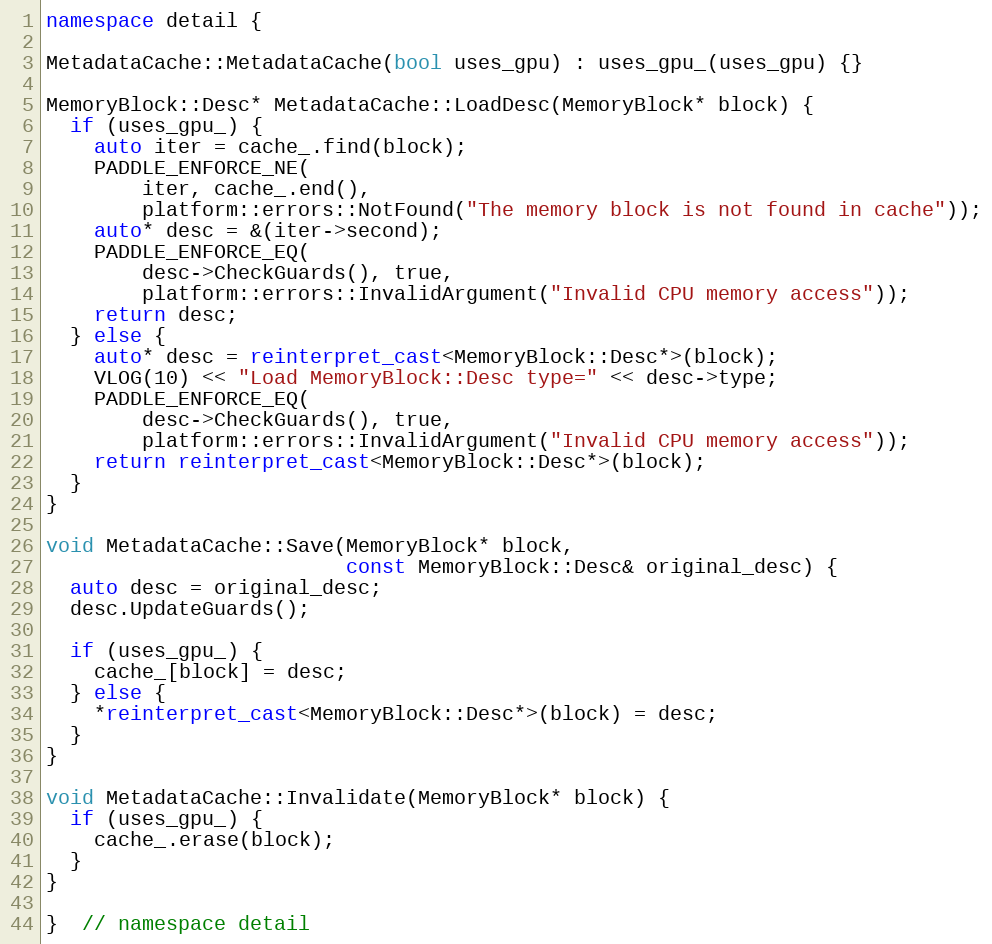
Language: C++
namespace detail {

MetadataCache::MetadataCache(bool uses_gpu) : uses_gpu_(uses_gpu) {}

MemoryBlock::Desc* MetadataCache::LoadDesc(MemoryBlock* block) {
  if (uses_gpu_) {
    auto iter = cache_.find(block);
    PADDLE_ENFORCE_NE(
        iter, cache_.end(),
        platform::errors::NotFound("The memory block is not found in cache"));
    auto* desc = &(iter->second);
    PADDLE_ENFORCE_EQ(
        desc->CheckGuards(), true,
        platform::errors::InvalidArgument("Invalid CPU memory access"));
    return desc;
  } else {
    auto* desc = reinterpret_cast<MemoryBlock::Desc*>(block);
    VLOG(10) << "Load MemoryBlock::Desc type=" << desc->type;
    PADDLE_ENFORCE_EQ(
        desc->CheckGuards(), true,
        platform::errors::InvalidArgument("Invalid CPU memory access"));
    return reinterpret_cast<MemoryBlock::Desc*>(block);
  }
}

void MetadataCache::Save(MemoryBlock* block,
                         const MemoryBlock::Desc& original_desc) {
  auto desc = original_desc;
  desc.UpdateGuards();

  if (uses_gpu_) {
    cache_[block] = desc;
  } else {
    *reinterpret_cast<MemoryBlock::Desc*>(block) = desc;
  }
}

void MetadataCache::Invalidate(MemoryBlock* block) {
  if (uses_gpu_) {
    cache_.erase(block);
  }
}

}  // namespace detail